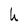
Character: h